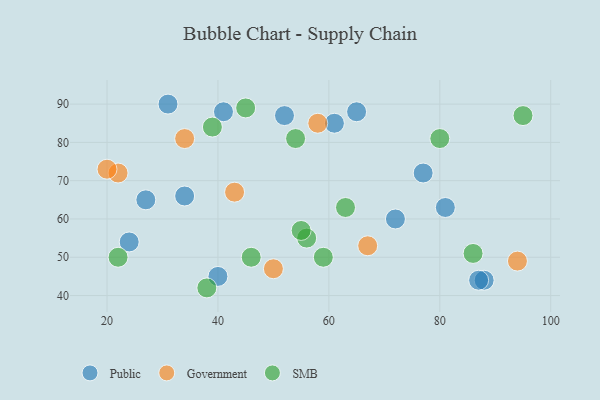
{"axis": {"x": "GDP", "y": "Life Expectancy"}, "legend": ["Government", "Public", "SMB"], "data": [{"x": "88", "y": 44, "type": "Public"}, {"x": "81", "y": 63, "type": "Public"}, {"x": "87", "y": 44, "type": "Public"}, {"x": "61", "y": 85, "type": "Public"}, {"x": "77", "y": 72, "type": "Public"}, {"x": "40", "y": 45, "type": "Public"}, {"x": "27", "y": 65, "type": "Public"}, {"x": "72", "y": 60, "type": "Public"}, {"x": "52", "y": 87, "type": "Public"}, {"x": "41", "y": 88, "type": "Public"}, {"x": "31", "y": 90, "type": "Public"}, {"x": "24", "y": 54, "type": "Public"}, {"x": "34", "y": 66, "type": "Public"}, {"x": "65", "y": 88, "type": "Public"}, {"x": "94", "y": 49, "type": "Government"}, {"x": "67", "y": 53, "type": "Government"}, {"x": "34", "y": 81, "type": "Government"}, {"x": "50", "y": 47, "type": "Government"}, {"x": "58", "y": 85, "type": "Government"}, {"x": "22", "y": 72, "type": "Government"}, {"x": "20", "y": 73, "type": "Government"}, {"x": "43", "y": 67, "type": "Government"}, {"x": "56", "y": 55, "type": "SMB"}, {"x": "59", "y": 50, "type": "SMB"}, {"x": "45", "y": 89, "type": "SMB"}, {"x": "54", "y": 81, "type": "SMB"}, {"x": "39", "y": 84, "type": "SMB"}, {"x": "55", "y": 57, "type": "SMB"}, {"x": "95", "y": 87, "type": "SMB"}, {"x": "63", "y": 63, "type": "SMB"}, {"x": "38", "y": 42, "type": "SMB"}, {"x": "46", "y": 50, "type": "SMB"}, {"x": "80", "y": 81, "type": "SMB"}, {"x": "86", "y": 51, "type": "SMB"}, {"x": "22", "y": 50, "type": "SMB"}]}